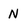
Character: N